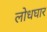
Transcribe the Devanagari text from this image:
लोधघार